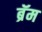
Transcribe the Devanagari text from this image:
ब्रॅम